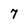
Character: 7